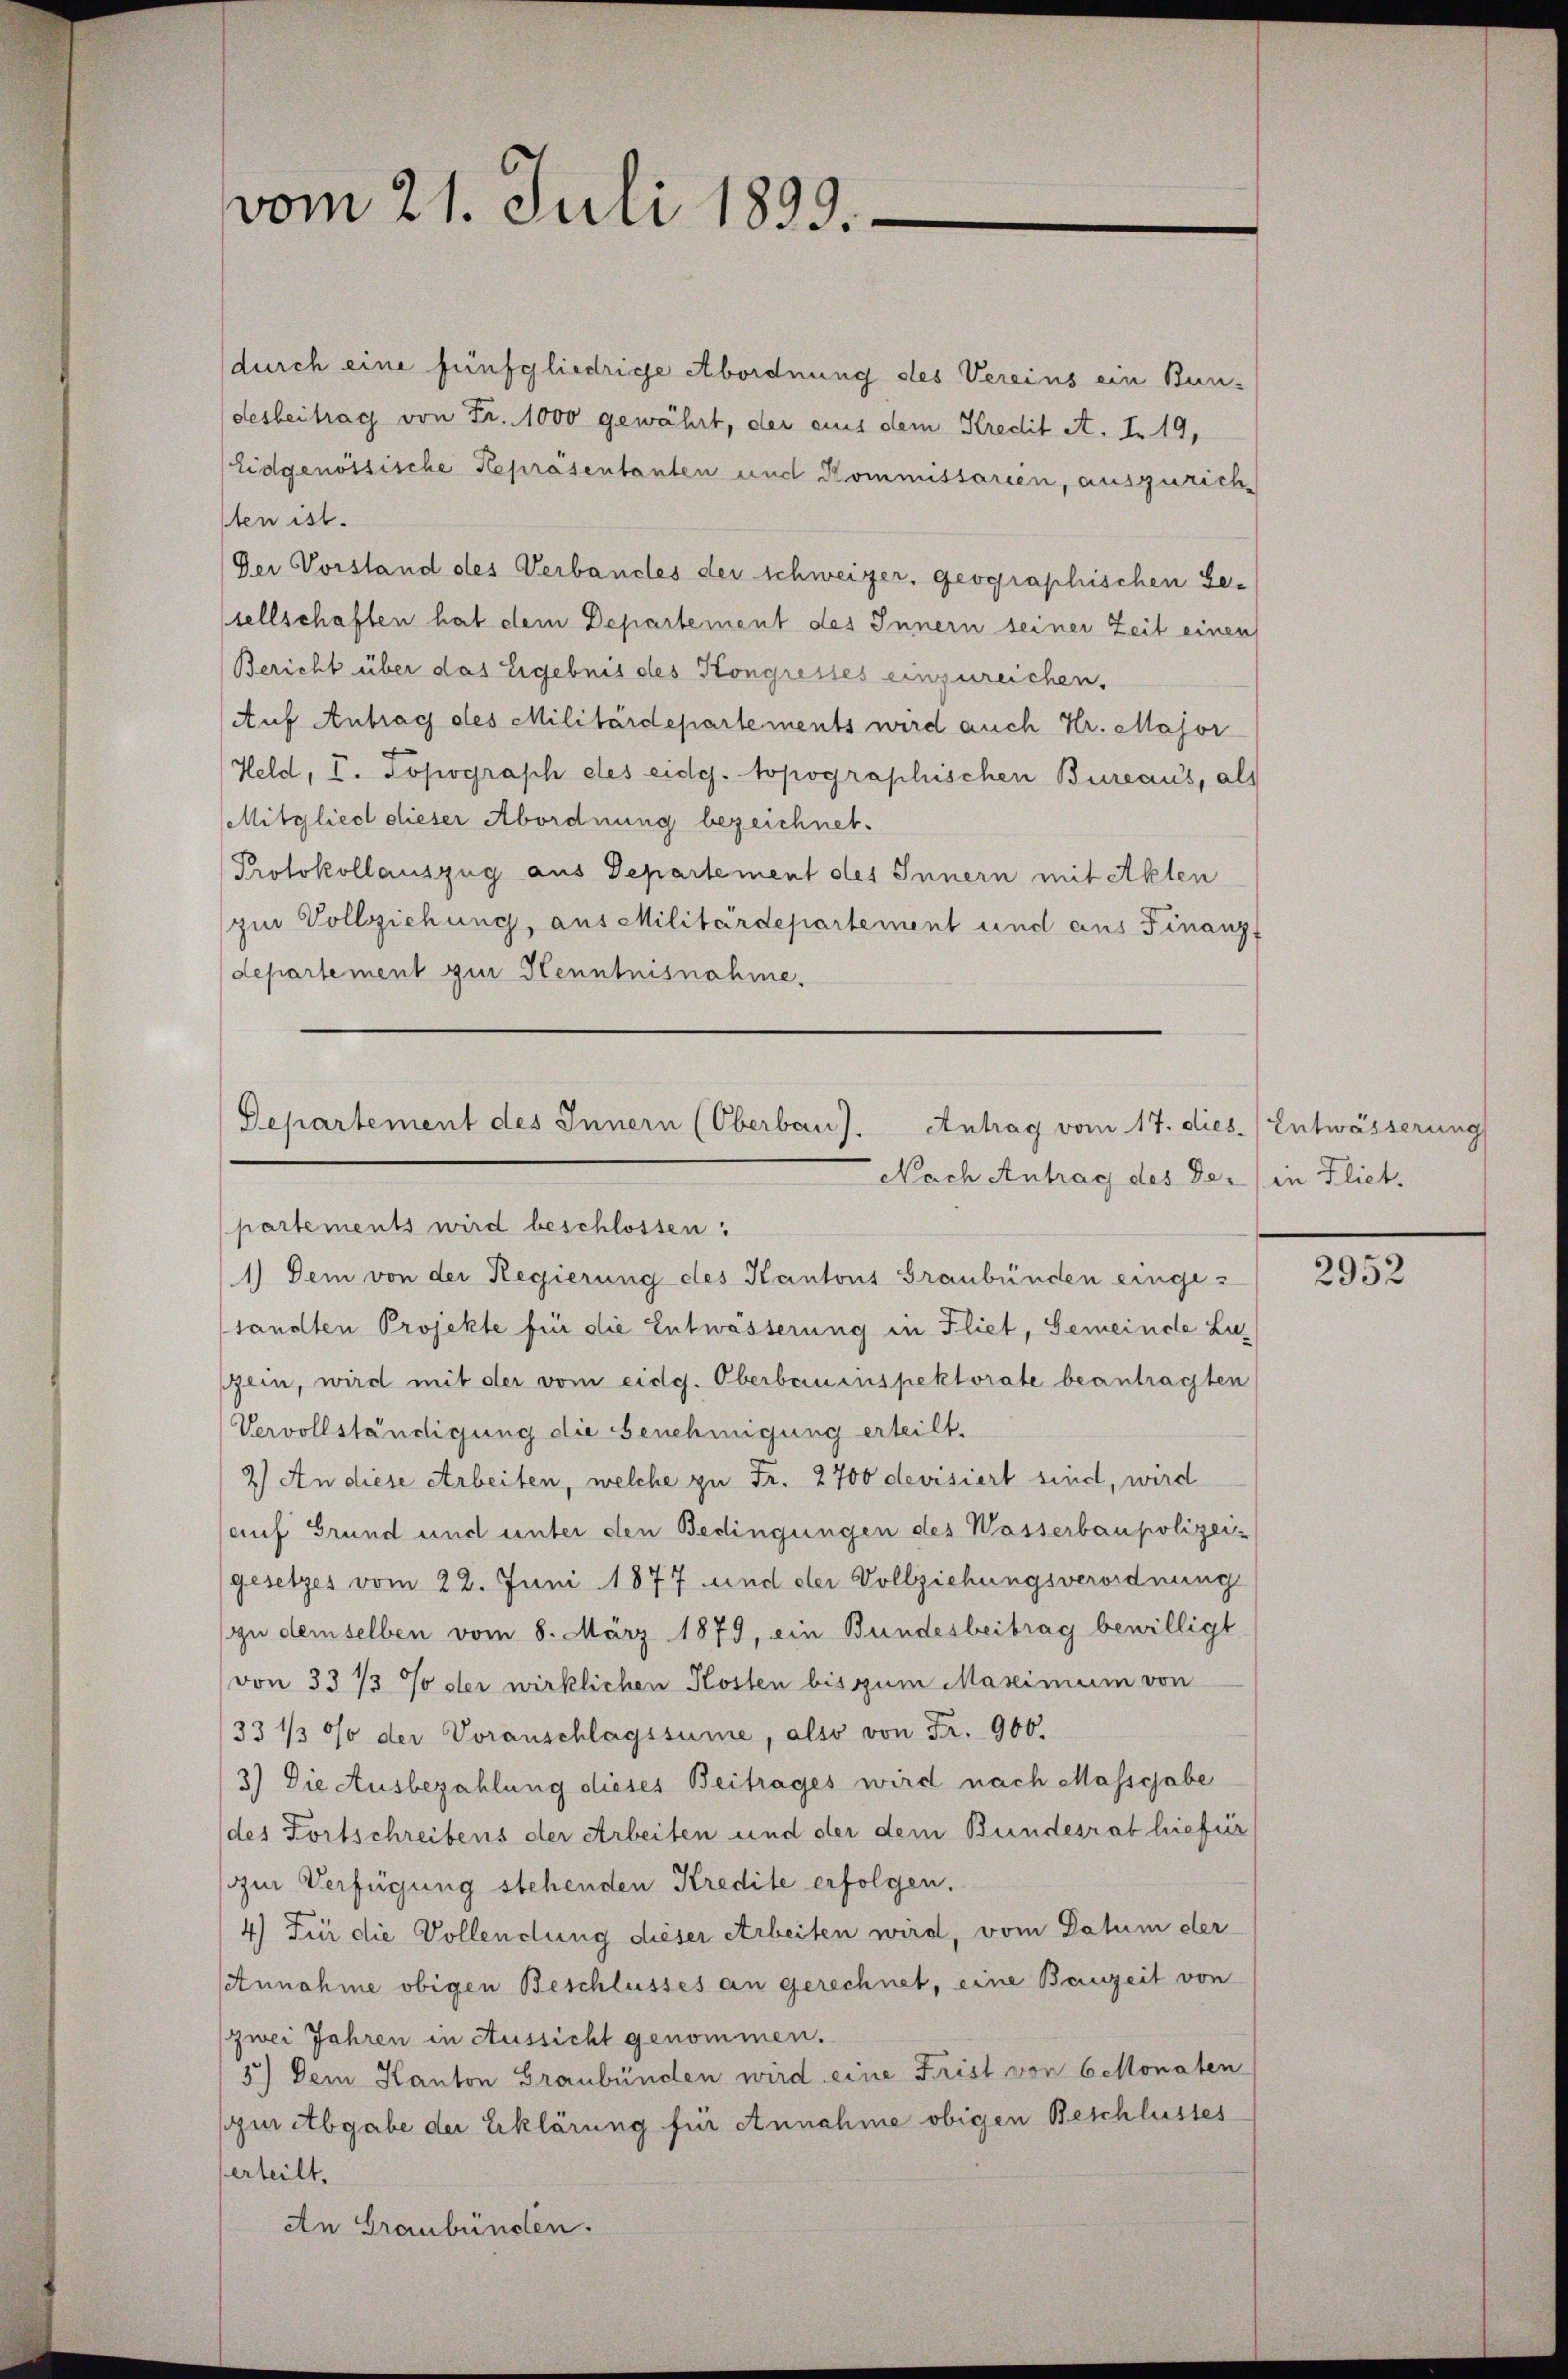
vom 21. Juli 1899.

durch eine fünfgliedrige Abordnung des Vereins ein Bun-
desbeitrag von Fr. 1000 gewährt, der aus dem Kredit A. I. 19,
Eidgenössische Repräsentanten und Kommissarien, auszurich
sten ist.
Der Vorstand des Verbandes der schweizer, geographischen Gesellschaften hat dem Departement des Innern seiner Zeit einen
Bericht über das Ergebnis des Kongresses einzureichen,
(Auf Antrag des Militärdepartements wird auch Hr. Major
Held, I. Topograph des eidg. topographischen Bureaus, als
Mitglied dieser Abordnung bezeichnet.
Protokollauszug aus Departement des Innern mit Akten
zur Vollziehung, aus Militärdepartement und aus Finanz-
departement zur Henntnisnahme.
1.) Dem von der Regierung des Kantons Graubünden eingez
sandten Projekte für die Entwässerung in Fliet, Gemeinde Luzein, wird mit der vom eidg. Oberbauinspektorate beantragten
Vervollständigung die Genehmigung erteilt.
2) An diese Arbeiten, welche zu Fr. 2700 devisiert sind, wird
auf Grund und unter den Bedingungen des Wasserbaupolizei-
gesetzes vom 22. Juni 1877 und der Vollziehungsverordnung
zu demselben vom 8. März 1879, ein Bundesbeitrag bewilligt
von 33 1/3 % der wirklichen Kosten bis zum Maximum von
33 1/3 0/0 der Voranschlagssumme, also von Fr. 900.
3.) Die Ausbezahlung dieses Beitrages wird nach Massgabe
des Fortschreibens der Arbeiten und der dem Bundesrat hiefür
im Verfügung stehenden Kredite erfolgen.
4) Für die Vollendung dieser Arbeiten wird, vom Datum der
Annahme obigen Beschlusses an gerechnet, eine Bauzeit von
zwei Jahren in Aussicht genommen.
3) Dem Kanton Graubünden wird eine Frist von besonaten
zur Abgabe der Erklärung für Annahme obigen Beschlusses
erteilt.
An Graubünden.

Departement des Innern (Oberbau).
Antrag vom 17. dies. (Entwässerung
Nach Antrag des der (in Fliet.
partements wird beschlossen:

2952